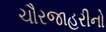
ચૌરજાહરીનો